system: You are a helpful assistant.
user:
Analyze the provided spectrum to determine if it is a **S-type Star**.

- **Key Indicators for S-type Star:**

    - **(Overall Spectrum Shape):** The first and most obvious characteristic is the overall continuum (the "baseline" shape). It is **extremely "red-sloping,"** meaning the flux (light intensity) is very low on the left side (blue, ~4000-4500 Å) and rises steeply and continuously toward the right side (red, ~7000 Å+).

    - **(Primary):** The spectrum is defined by the presence of strong, broad molecular absorption "valleys" (bands) from **Zirconium Oxide (ZrO)**. The identification of these bands is the **primary requirement** for classifying a star as S-type.
        - **(Key Bandheads):** You must find distinct, deep "dips" where the light has been absorbed. The most critical band systems to locate are:
            - **~6474 Å** ($\gamma$-system): This is often the strongest and clearest ZrO feature, found in the red part of the spectrum.
            - **~5718 Å** & **~5551 Å** ($\beta$-system): A pair of prominent absorption features in the yellow-orange part of the spectrum.
            - **~4640 Å** ($\alpha$-system): A key absorption band system in the blue-green region of the spectrum.

    - **(Secondary Confirmation):** The classification is strengthened by finding additional absorption bands from other related heavy element oxides, which are expected to be present alongside ZrO.
        - **(Key Bandheads):**
            - **Yttrium Oxide (YO):** Look for absorption dips near **~4800 Å** and **~6100 Å**.
            - **Lanthanum Oxide (LaO):** Additional absorption features, particularly in the red-orange part of the spectrum, are also characteristic.

    - **(Line Profile):** The combination of the steep red continuum and these numerous, deep molecular bands (ZrO, YO, etc.) gives the entire spectrum a very **"chopped-up"** or **"bumpy"** appearance. Instead of a smooth curve, the spectrum looks as though large, wide chunks of light have been "carved out" of it at the specific wavelengths listed above.

Think first, call **spectral_visualization_tool** if needed to examine features in detail, then provide your final answer. Your response must adhere to the following strict rules:
1.  **Overall Structure:** Your response must follow the format `<think>...</think> <tool_call>...</tool_call> (if a tool is used) <answer>...</answer>`.
2.  **Tool Usage Constraint:** You may only make **one** tool call per turn.
3.  **Final Answer Format:** In the `<answer>` tag, your conclusion must be inside a `\boxed{}` command (e.g., `\boxed{YES}` or `\boxed{NO}`), followed by your justification.

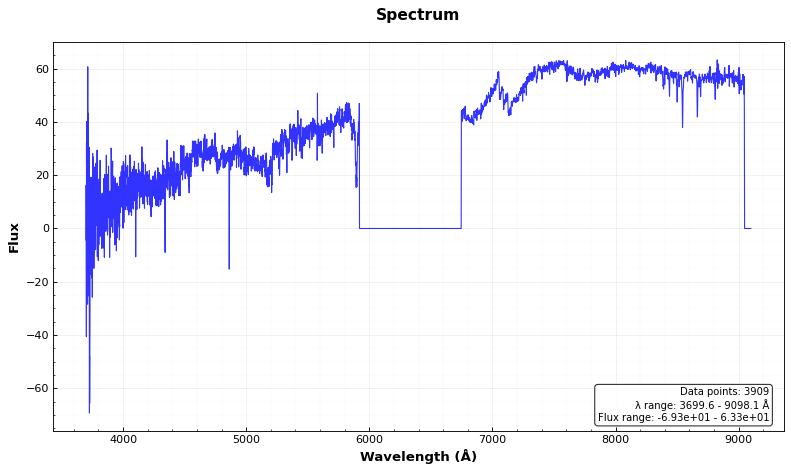
Answer: NO